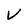
Character: v